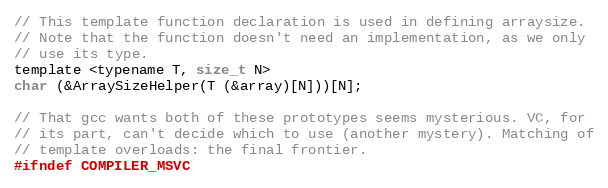
Language: C
// This template function declaration is used in defining arraysize.
// Note that the function doesn't need an implementation, as we only
// use its type.
template <typename T, size_t N>
char (&ArraySizeHelper(T (&array)[N]))[N];

// That gcc wants both of these prototypes seems mysterious. VC, for
// its part, can't decide which to use (another mystery). Matching of
// template overloads: the final frontier.
#ifndef COMPILER_MSVC